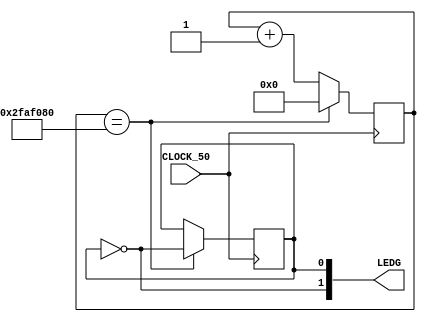
module values(input CLOCK_50, 
	      output [1:0]LEDG);
   
   reg [32:0] counter;
   reg lightON=0;
   
   assign LEDG[0] = lightON;
   assign LEDG[1] = ~lightON;
	
   always @(posedge CLOCK_50) begin		
      if(counter == 50000000) begin
	 lightON = ~lightON;
	 counter = 0;
      end
      else begin
	 counter <= counter+1;
      end
   end
   
endmodule
   
module test;
   
   reg clk;
   wire [1:0]light;
   
   
   values adder(clk,
		light);
   
   always #1 clk = ~clk;
   
   initial begin
      $dumpvars(0,adder);
      #0;
      clk <= 0;
      #400000000;
      $finish;   
   end
endmodule